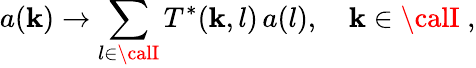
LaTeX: a(\mathbf{k})\to\sum_{l\in{\calI}}T^{*}(\mathbf{k},l)\, a(l),\quad\mathbf{k}\in{\calI}\; ,